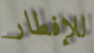
للإفطار